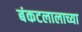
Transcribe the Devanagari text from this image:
बंकटलालाच्या